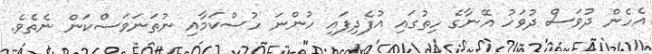
އެހެން ދުވަސް ދުވަހު އޭނާގެ ހިތުގައި އުފެދިފައި ހުންނަ ހުސްކަމާއި ނުތަނަވަސްކަން ނެތެވެ.